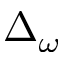
\Delta _ { \omega }